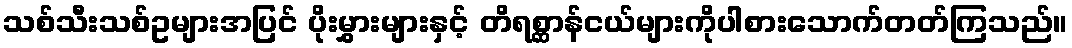
သစ်သီးသစ်ဥများအပြင် ပိုးမွှားများနှင့် တိရစ္ဆာန်ငယ်များကိုပါစားသောက်တတ်ကြသည်။